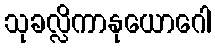
သုခလ္လိကာနုယောဂေါ